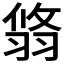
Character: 𦐻